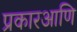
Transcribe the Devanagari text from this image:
प्रकारआणि